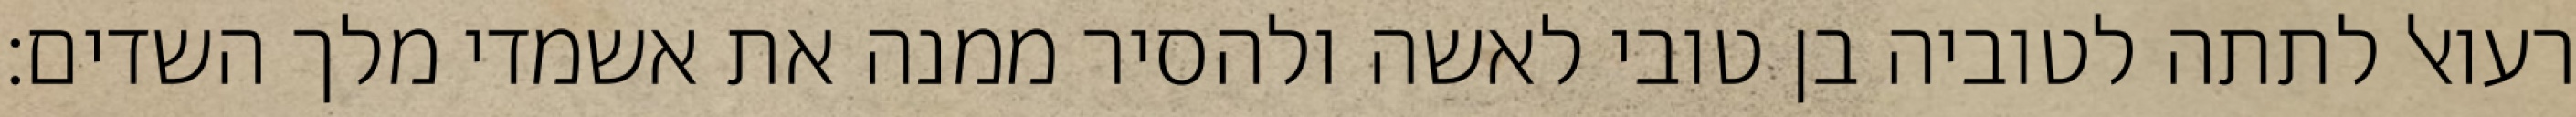
רעואל לתתה לטוביה בן טובי לאשה ולהסיר ממנה את אשמדי מלך השדים: